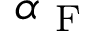
\alpha _ { \mathrm { ~ F ~ } }